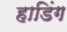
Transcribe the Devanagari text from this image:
हाडिंग